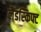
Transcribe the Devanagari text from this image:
लैंडस्किफ्ट